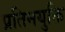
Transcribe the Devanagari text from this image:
प्रतिनयुक्ति